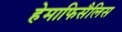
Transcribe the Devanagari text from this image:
हेमाफिसैलिस